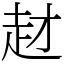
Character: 䞗